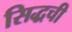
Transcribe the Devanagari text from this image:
सिद्धची